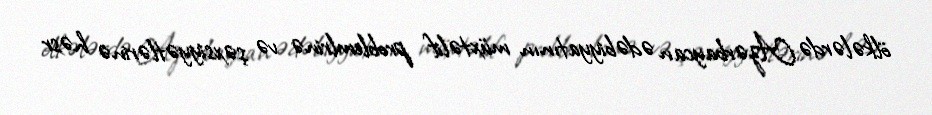
ölkələrdə Azərbaycan ədəbiyyatının müxtəlif problemlrinə və şəxsiyyətlərinə həsr